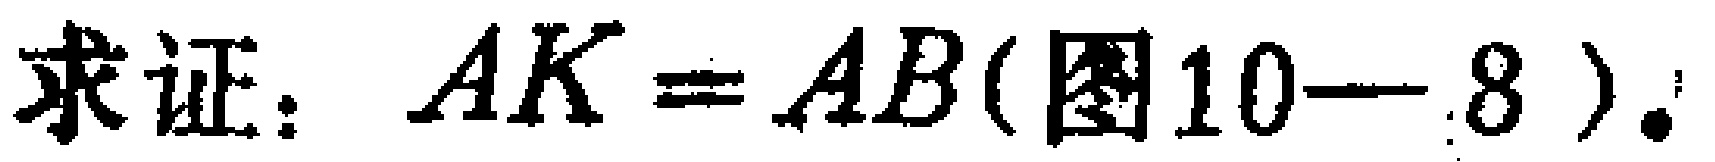
求证：\(AK = AB(\text{图}10 - 8)\)。